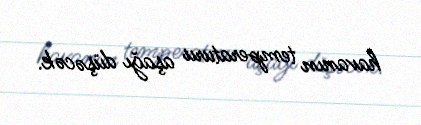
havanın temperaturu aşağı düşəcək.